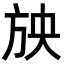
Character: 𣃝